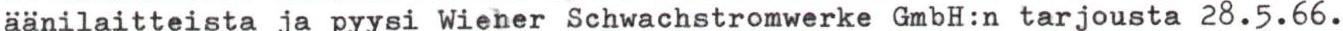
äänilaitteista ja pyysi Wieher Schwachstromwerke GmbH:n tarjousta 28.5.66.